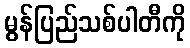
မွန်ပြည်သစ်ပါတီကို